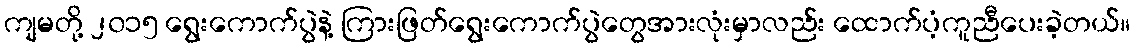
ကျမတို့ ၂၀၁၅ ရွေးကောက်ပွဲနဲ့ ကြားဖြတ်ရွေးကောက်ပွဲတွေအားလုံးမှာလည်း ထောက်ပံ့ကူညီပေးခဲ့တယ်။